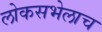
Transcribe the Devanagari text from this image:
लोकसभेलाच